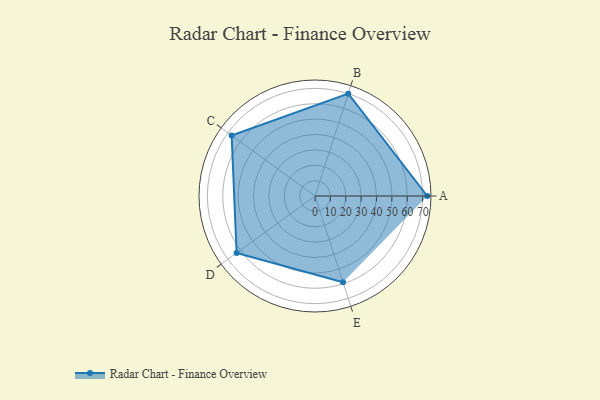
{"axis": {"x": "Skill", "y": "Score"}, "legend": ["Profile"], "data": [{"x": "A", "y": 73.0, "type": "Profile"}, {"x": "B", "y": 70.0, "type": "Profile"}, {"x": "C", "y": 67.0, "type": "Profile"}, {"x": "D", "y": 63.0, "type": "Profile"}, {"x": "E", "y": 59.0, "type": "Profile"}]}